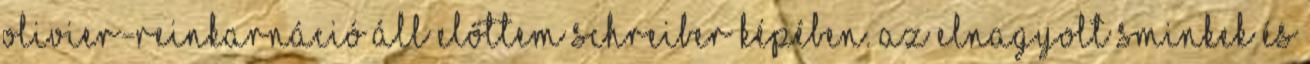
Olivier-reinkarnáció áll előttem Schreiber képében. Az elnagyolt sminkek és